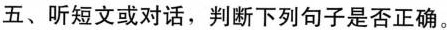
五、听短文或对话，判断下列句子是否正确。